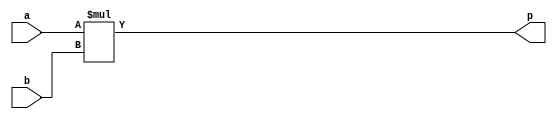
//module mult_256x32( //2 cycles delay ver
//    input          clk,
//    input  [255:0] a,
//    input  [31 :0] b,
//    output reg [287:0] p
//    );
//
//    wire [127:0] a_h, a_l;
//    wire [15 :0] b_h, b_l;
//    wire [143:0] p_hh, p_hl, p_lh, p_ll;
//    wire [287:0] p_hh_shift, p_hl_shift, p_lh_shift, p_ll_shift;
//    
//    assign a_h = a[128+:128]; assign a_l = a[0+:128]; assign b_h = b[16+:16]; assign b_l = b[0+:16];
//    
//    mult_partial #(.WIDTH_A(128), .WIDTH_B(16), .WIDTH_DSP(26), .DSP_NUM(5)) mult_partial_hh (.clk(clk), .a(a_h), .b(b_h), .p(p_hh));
//    mult_partial #(.WIDTH_A(128), .WIDTH_B(16), .WIDTH_DSP(26), .DSP_NUM(5)) mult_partial_hl (.clk(clk), .a(a_h), .b(b_l), .p(p_hl));
//    mult_partial #(.WIDTH_A(128), .WIDTH_B(16), .WIDTH_DSP(26), .DSP_NUM(5)) mult_partial_lh (.clk(clk), .a(a_l), .b(b_h), .p(p_lh));
//    mult_partial #(.WIDTH_A(128), .WIDTH_B(16), .WIDTH_DSP(26), .DSP_NUM(5)) mult_partial_ll (.clk(clk), .a(a_l), .b(b_l), .p(p_ll));
//    assign p_ll_shift = { {144{1'b0}} , p_ll };
//    assign p_hl_shift = { {16{1'b0}} , p_hl , {128{1'b0}} };
//    assign p_lh_shift = { {128{1'b0}} , p_lh, {16{1'b0}} };
//    assign p_hh_shift = { p_hh , {16{1'b0}} , {128{1'b0}} };
//
//    always @(posedge clk) begin
//        p <= p_ll_shift + p_hl_shift + p_lh_shift + p_hh_shift;
//    end
//endmodule

module mult_256x32( //no delay ver
    input  [255:0] a,
    input  [31 :0] b,
    output [287:0] p
    );

//    wire [127:0] a_h, a_l;
//    wire [15 :0] b_h, b_l;
//    wire [143:0] p_hh, p_hl, p_lh, p_ll;
//    wire [287:0] p_hh_shift, p_hl_shift, p_lh_shift, p_ll_shift;
//    
//    assign a_h = a[128+:128]; assign a_l = a[0+:128]; assign b_h = b[16+:16]; assign b_l = b[0+:16];
//    
//    mult_partial #(.WIDTH_A(128), .WIDTH_B(16), .WIDTH_DSP(26), .DSP_NUM(5)) mult_partial_hh (.a(a_h), .b(b_h), .p(p_hh));
//    mult_partial #(.WIDTH_A(128), .WIDTH_B(16), .WIDTH_DSP(26), .DSP_NUM(5)) mult_partial_hl (.a(a_h), .b(b_l), .p(p_hl));
//    mult_partial #(.WIDTH_A(128), .WIDTH_B(16), .WIDTH_DSP(26), .DSP_NUM(5)) mult_partial_lh (.a(a_l), .b(b_h), .p(p_lh));
//    mult_partial #(.WIDTH_A(128), .WIDTH_B(16), .WIDTH_DSP(26), .DSP_NUM(5)) mult_partial_ll (.a(a_l), .b(b_l), .p(p_ll));
//    assign p_ll_shift = { {144{1'b0}} , p_ll };
//    assign p_hl_shift = { {16{1'b0}} , p_hl , {128{1'b0}} };
//    assign p_lh_shift = { {128{1'b0}} , p_lh, {16{1'b0}} };
//    assign p_hh_shift = { p_hh , {16{1'b0}} , {128{1'b0}} };
//
//    assign p = p_ll_shift + p_hl_shift + p_lh_shift + p_hh_shift;
    assign p = a*b;
endmodule